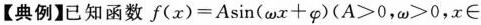
【典例】已知函数$$f(x)=A\sin(\omega x+\varphi )(A>0，\omega>0，x\in $$